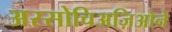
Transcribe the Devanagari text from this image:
अस्सोचिअज़िओने